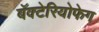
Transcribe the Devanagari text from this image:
बॅक्टेरियोफेग